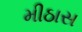
મીઠાસ